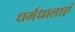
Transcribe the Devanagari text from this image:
धर्मधालाएं